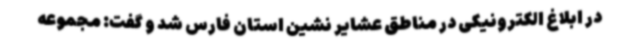
در ابلاغ الکترونیکی در مناطق عشایر نشین استان فارس شد و گفت: مجموعه